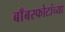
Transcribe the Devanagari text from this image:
बाँबस्फोटांच्या